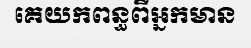
គេយកពន្ធពីអ្នកមាន